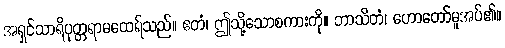
အရှင်သာရိပုတ္တရာမထေရ်သည်။ ဧတံ၊ ဤသို့သောစကားကို။ ဘာသိတံ၊ ဟောတော်မူအပ်၏။